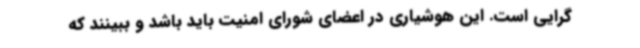
گرایی است. این هوشیاری در اعضای شورای امنیت باید باشد و ببینند که